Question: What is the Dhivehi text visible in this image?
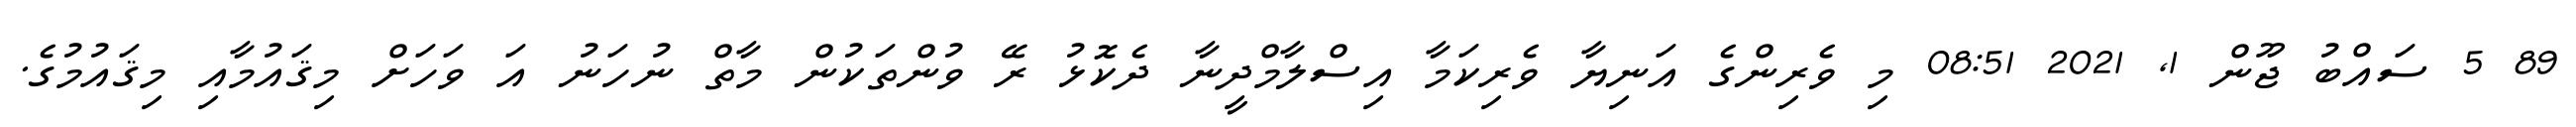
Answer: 89 5 ސައްބު ޖޫން 1, 2021 08:51 މި ވެރިންގެ އަނިޔާ ވެރިކަމާ އިސްލާމްދީނާ ދެކޮޅު ރޭ ވުންތަކުން މާތް ނުހަނު އަ ވަހަށް މިޤައުމާއި މިޤައުމުގެ.